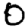
Digit: 0